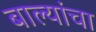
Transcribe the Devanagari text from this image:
बाल्यांचा